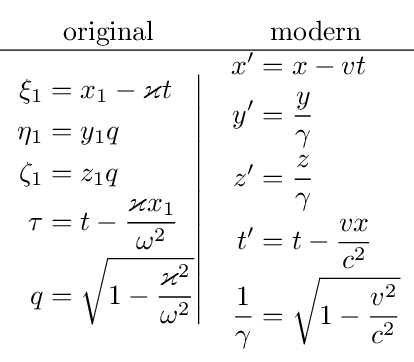
{\begin{matrix}{\text{original}}&{\text{modern}}\\\hline \left.{\begin{aligned}\xi _{1}&=x_{1}-\varkappa t\\\eta _{1}&=y_{1}q\\\zeta _{1}&=z_{1}q\\\tau &=t-{\frac {\varkappa x_{1}}{\omega ^{2}}}\\q&={\sqrt {1-{\frac {\varkappa ^{2}}{\omega ^{2}}}}}\end{aligned}}\right|&{\begin{aligned}x^{\prime }&=x-vt\\y^{\prime }&={\frac {y}{\gamma }}\\z^{\prime }&={\frac {z}{\gamma }}\\t^{\prime }&=t-{\frac {vx}{c^{2}}}\\{\frac {1}{\gamma }}&={\sqrt {1-{\frac {v^{2}}{c^{2}}}}}\end{aligned}}\end{matrix}}